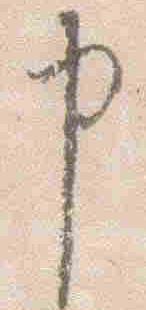
申